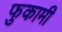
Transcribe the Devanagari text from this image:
फुकामी